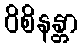
ဝိစိနန္တာ